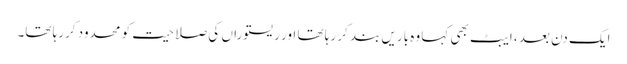
ایک دن بعد ، ایبٹ بھی کہا وہ باریں بند کر رہا تھا اور ریستوراں کی صلاحیت کو محدود کررہا تھا۔